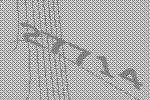
27714